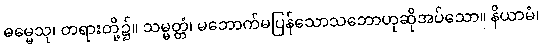
ဓမ္မေသု၊ တရားတို့၌။ သမ္မတ္တံ၊ မဘောက်မပြန်သောသဘောဟုဆိုအပ်သော။ နိယာမံ၊